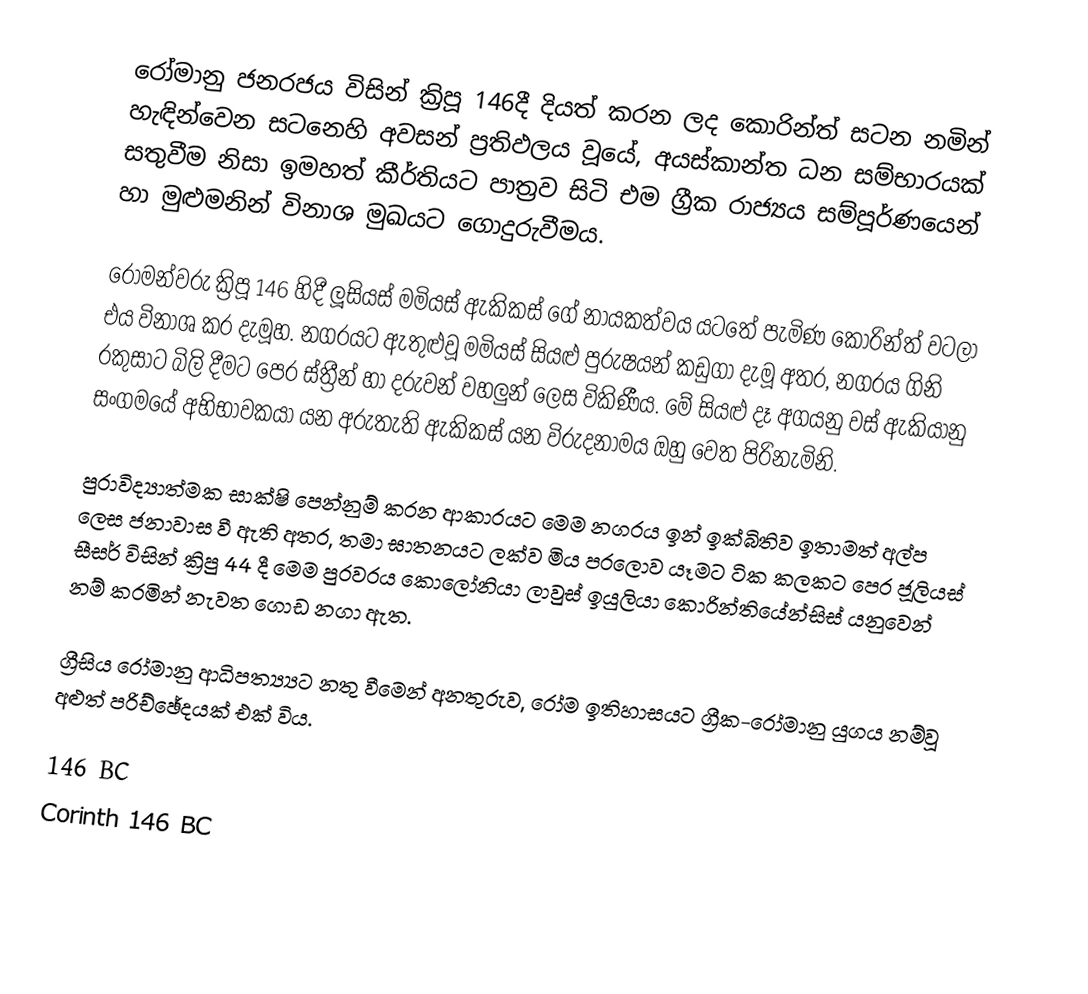
රෝමානු ජනරජය විසින් ක්‍රිපූ 146දී  දියත් කරන ලද කොරින්ත් සටන නමින් හැඳින්වෙන සටනෙහි අවසන් ප්‍රතිඵලය වූයේ, අයස්කාන්ත ධන සම්භාරයක් සතුවීම නිස‍ා ඉමහත් කීර්තියට පාත්‍රව සිටි එම ග්‍රීක රාජ්‍යය සම්පූර්ණයෙන් හා මුළුමනින් විනාශ මුඛයට ගොදුරුවීමය.

රෝමන්වරු ක්‍රිපූ 146 හිදී ලූසියස් මමියස් ඇකිකස් ගේ නායකත්වය යටතේ පැමිණ කොරින්ත් වටලා එය විනාශ කර දැමූහ. නගරයට ඇතුළුවූ මමියස් සියළු පුරුෂයන් කඩුගා දැමූ අතර, නගරය ගිනි රකුසාට බිලි දීමට පෙර ස්ත්‍රීන් හා දරුවන්  වහලුන් ලෙස විකිණීය. මේ සියළු දෑ ‍අගයනු වස් ඇකියානු සංගමයේ අභිභාවකයා යන අරුතැති ඇකිකස් යන විරුදනාමය ඔහු වෙත පිරිනැමිනි.

පුරාවිද්‍යාත්මක සාක්ෂි පෙන්නුම් කරන ආකාරයට මෙම නගරය ඉන් ඉක්බිතිව ඉතාමත් අල්ප ලෙස ජනාවාස වී ඇති අතර, තමා ඝාතනයට ලක්ව මිය පරලොව යෑමට ටික කලකට පෙර ජූලියස් සීසර් විසින් ක්‍රිපු 44 දී මෙම පුරවරය කොලෝනියා ලාවුස්  ඉයුලියා කොරින්තියේන්සිස් යනුවෙන් නම් කරමින් නැවත ගොඩ නගා ඇත.

ග්‍රීසිය රෝමානු ආධිපත්‍ය්‍යට නතු වීමෙන් අනතුරුව, රෝම ඉතිහාසයට ග්‍රීක-රෝමානු යුගය නම්වූ අළුත් පරිච්ඡේදයක් එක් විය.

146 BC
Corinth 146 BC